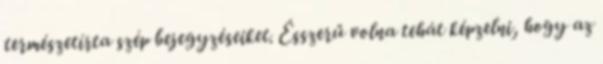
természetírta szép bejegyzéseiket. Ésszerű volna tehát képzelni, hogy az